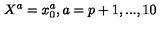
X ^ { a } = x _ { 0 } ^ { a } , a = p + 1 , . . . , 1 0